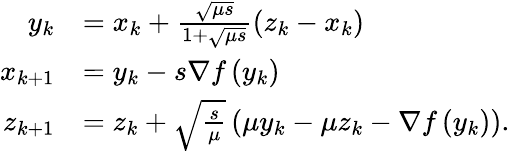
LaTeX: \begin{array}{rl}{y_{k}}&{=x_{k}+\frac{\sqrt{\mu s}}{1+\sqrt{\mu s}}\left(z_{k}-x_{k}\right)}\\ {x_{k+1}}&{=y_{k}-s\nabla f\left(y_{k}\right)}\\ {z_{k+1}}&{=z_{k}+\sqrt{\frac{s}{\mu}}\left(\mu y_{k}-\mu z_{k}-\nabla f\left(y_{k}\right)\right).}\end{array}